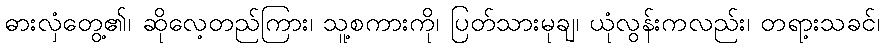
ဓားလှံတွေ့၏၊ ဆိုလေ့တည်ကြား၊ သူ့စကားကို၊ ပြတ်သားမုချ၊ ယုံလွန်းကလည်း၊ တရာ့းသခင်၊